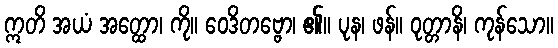
ဣတိ အယံ အတ္ထော၊ ကို။ ဝေဒိတဗ္ဗော၊ ၏။ ပုန၊ ဖန်။ ဝုတ္တာနိ၊ ကုန်သော။